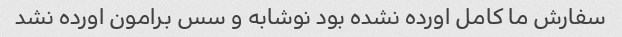
سفارش ما کامل اورده نشده بود نوشابه و سس برامون اورده نشد